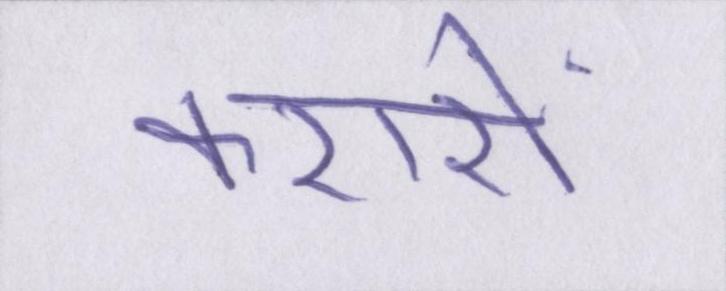
करारों